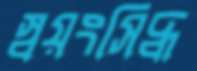
স্বয়ংসিদ্ধ